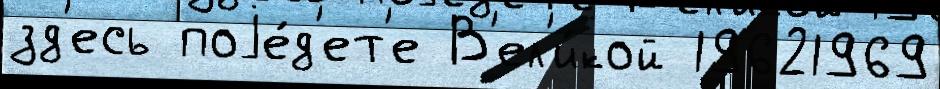
зд'есь поjе́д'ет'е В'ел'и́кой 19621969